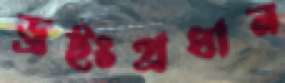
ড্রইংপ্রধান